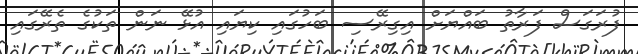
ފުރަގަސް ފަރާތު ބައްޔަށް އިގިރޭސި ބަހުގައި ކިޔައި އުޅޭ ނަން ތަކުގެ ތެރޭގައި